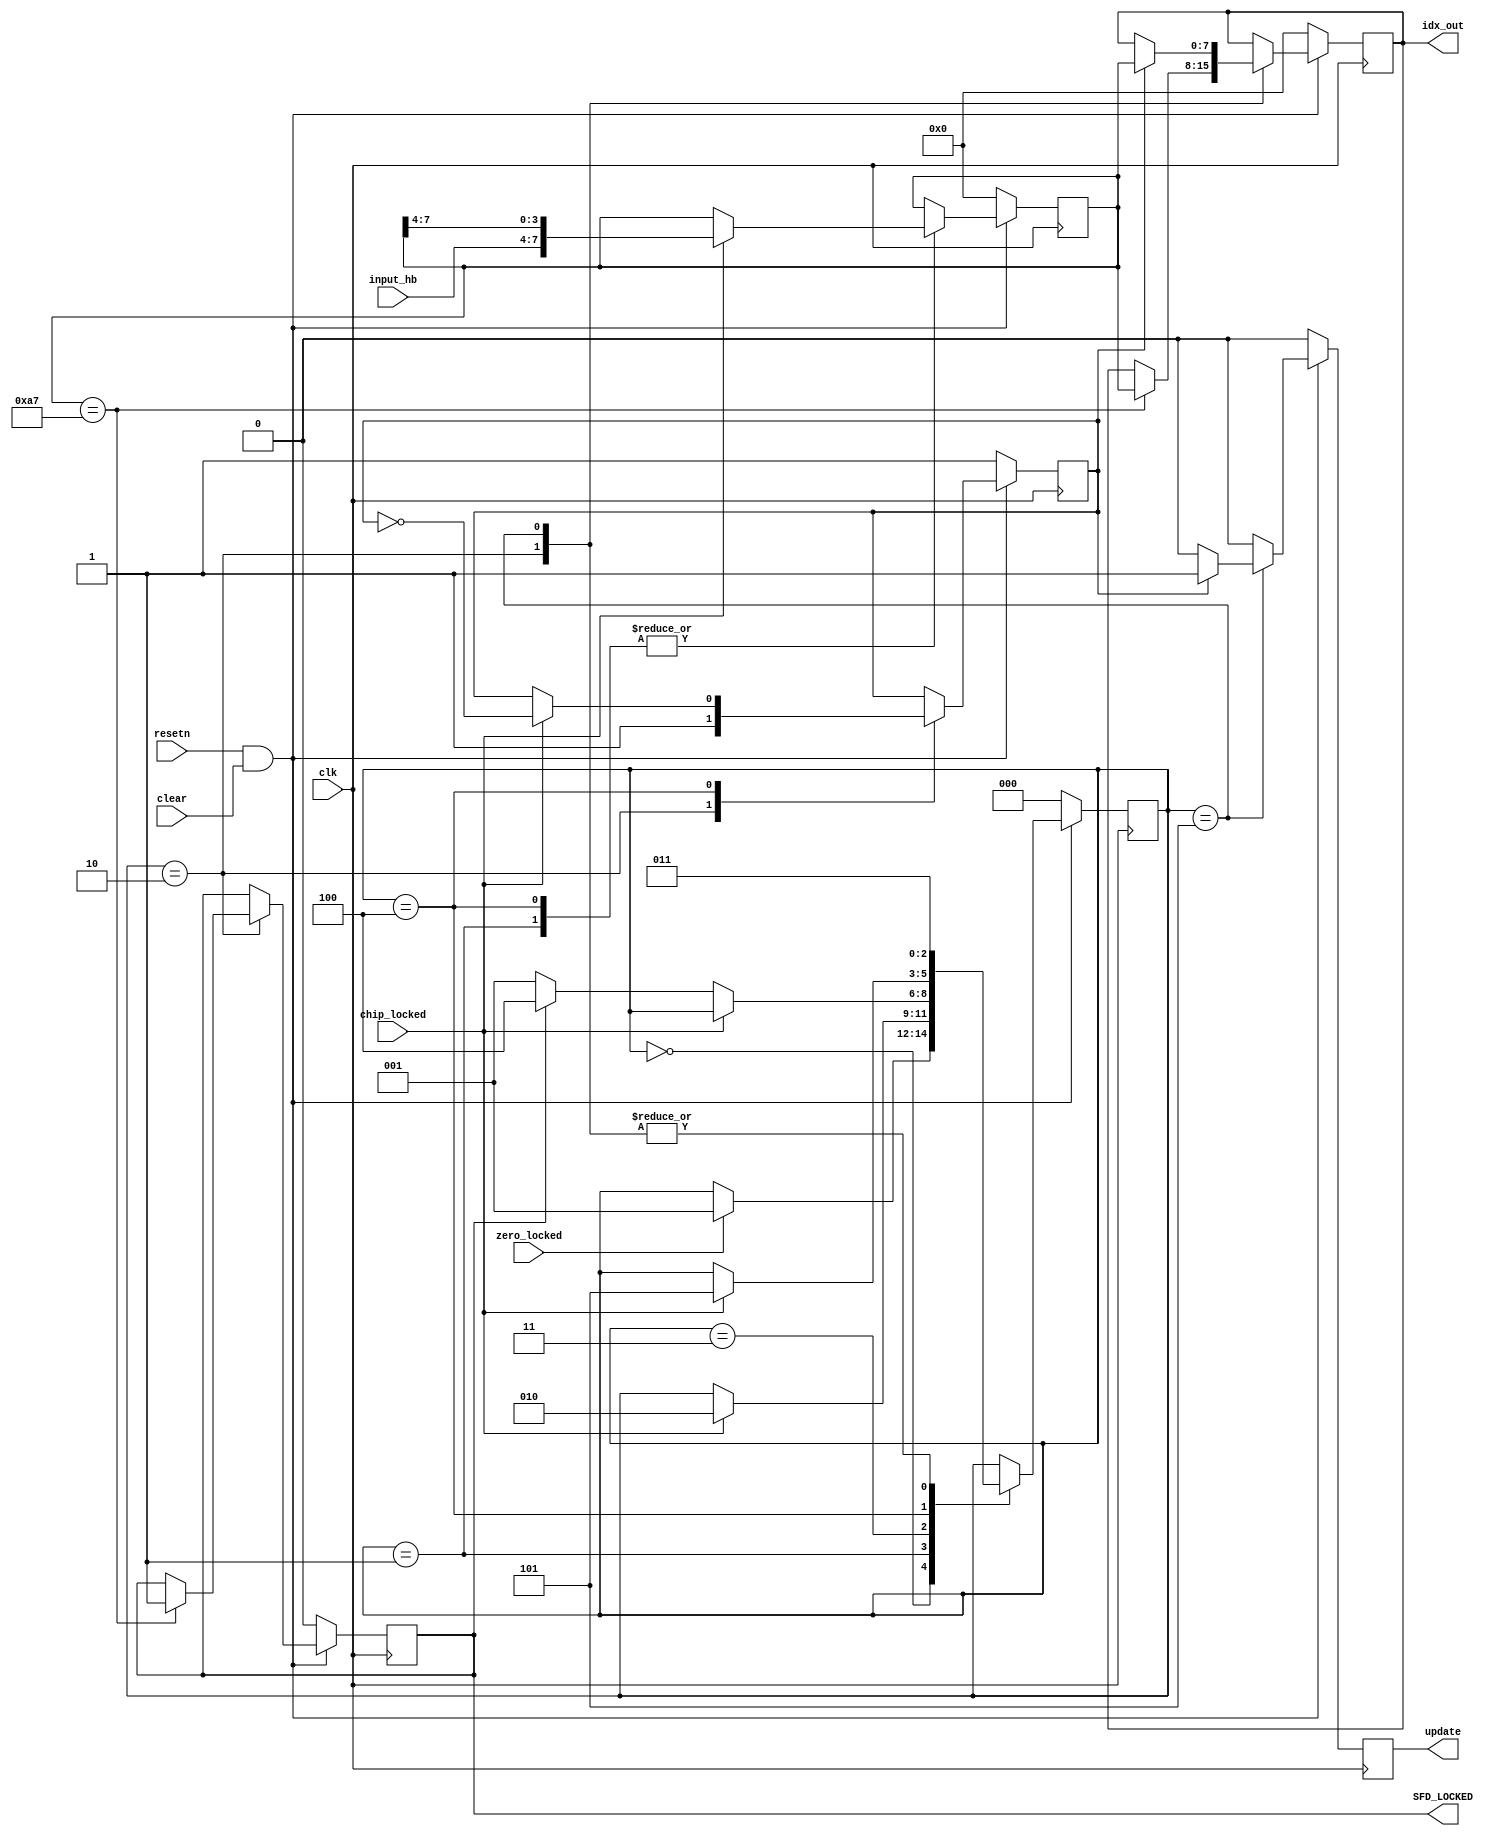
/*
 * "Copyright (c) 2010-2013 The Regents of the University of Michigan.
 * All rights reserved.
 *
 * Redistribution and use in source and binary forms, with or without
 * modification, are permitted provided that the following conditions
 * are met:
 *
 * - Redistributions of source code must retain the above copyright
 *   notice, this list of conditions and the following disclaimer.
 * - Redistributions in binary form must reproduce the above copyright
 *   notice, this list of conditions and the following disclaimer in the
 *   documentation and/or other materials provided with the
 *   distribution.
 * - Neither the name of the copyright holders nor the names of
 *   its contributors may be used to endorse or promote products derived
 *   from this software without specific prior written permission.
 *
 * THIS SOFTWARE IS PROVIDED BY THE COPYRIGHT HOLDERS AND CONTRIBUTORS
 * "AS IS" AND ANY EXPRESS OR IMPLIED WARRANTIES, INCLUDING, BUT NOT
 * LIMITED TO, THE IMPLIED WARRANTIES OF MERCHANTABILITY AND FITNESS
 * FOR A PARTICULAR PURPOSE ARE DISCLAIMED.  IN NO EVENT SHALL THE
 * COPYRIGHT HOLDER OR CONTRIBUTORS BE LIABLE FOR ANY DIRECT,
 * INDIRECT, INCIDENTAL, SPECIAL, EXEMPLARY, OR CONSEQUENTIAL DAMAGES
 * (INCLUDING, BUT NOT LIMITED TO, PROCUREMENT OF SUBSTITUTE GOODS OR
 * SERVICES; LOSS OF USE, DATA, OR PROFITS; OR BUSINESS INTERRUPTION)
 * HOWEVER CAUSED AND ON ANY THEORY OF LIABILITY, WHETHER IN CONTRACT,
 * STRICT LIABILITY, OR TORT (INCLUDING NEGLIGENCE OR OTHERWISE)
 * ARISING IN ANY WAY OUT OF THE USE OF THIS SOFTWARE, EVEN IF ADVISED
 * OF THE POSSIBILITY OF SUCH DAMAGE.
 */

/*
 * @author Ye-Sheng Kuo <samkuo@eecs.umich.edu>
 * Note:
 * Last modify data: 2/3/2013,
 * Last modify content: first create
 */

module sfd_sync(
	input resetn,
	input clk,
	input clear,
	input [3:0] input_hb,
	input zero_locked,
	input chip_locked,
	output reg [7:0] idx_out,
	output reg SFD_LOCKED,
	output reg update
);

reg	[2:0] state, next_state;
reg	next_update;
reg [7:0] next_idx_out, idx_buf, next_idx_buf;
reg	next_sfd_locked;
reg	hb, next_hb;

parameter SFD=8'ha7;

always @ (posedge clk)
begin
	if (~(resetn&clear))
	begin
		state <= 0;
		update <= 0;
		idx_out <= 0;
		idx_buf <= 0;
		SFD_LOCKED <= 0;
		hb <= 1;
	end
	else
	begin
		state <= next_state;
		update <= next_update;
		idx_out <= next_idx_out;
		idx_buf <= next_idx_buf;
		SFD_LOCKED <= next_sfd_locked;
		hb <= next_hb;
	end
end

always @ *
begin
	next_state = state;
	next_update = 0;
	next_idx_out = idx_out;
	next_idx_buf = idx_buf;
	next_sfd_locked = SFD_LOCKED;
	next_hb = hb;

	case (state)
		3'b000:
		begin
			if (zero_locked)
				next_state = 3'b001;
		end

		3'b001:
		begin
			if (chip_locked)
			begin
				next_idx_buf = {input_hb, idx_buf[7:4]};
				next_state = 3'b010;
			end
		end

		3'b010:
		begin
			next_hb = 1;
			next_state = 3'b011;
			if (idx_buf==SFD)
			begin
				next_sfd_locked = 1;
				next_idx_out = idx_buf;
			end
		end

		3'b011:
		begin
			if (~chip_locked)
			begin
				if (SFD_LOCKED)
					next_state = 3'b100;
				else
					next_state = 3'b001;
			end
		end

		3'b100:
		begin
			if (chip_locked)
			begin
				next_idx_buf = {input_hb, idx_buf[7:4]};
				next_state = 3'b101;
				next_hb = ~hb;
			end
		end

		3'b101:
		begin
			next_state = 3'b011;
			if (hb)
			begin
				next_update = 1;
				next_idx_out = idx_buf;
			end
		end
	endcase
end


endmodule